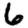
Digit: 6